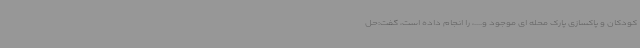
کودکان و پاکسازی پارک محله ای موجود و....، را انجام داده است، گفت:حل